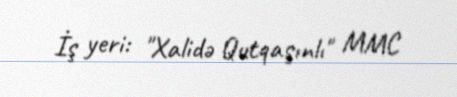
İş yeri: "Xalidə Qutqaşınlı" MMC